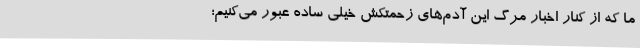
ما که از کنار اخبار مرگ این آدم‌های زحمتکش خیلی ساده عبور می‌کنیم؛